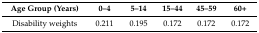
<table><thead><tr><td><b>Age Group (Years)</b></td><td><b>0–4</b></td><td><b>5–14</b></td><td><b>15–44</b></td><td><b>45–59</b></td><td><b>60+</b></td></tr></thead><tbody><tr><td>Disability weights</td><td>0.211</td><td>0.195</td><td>0.172</td><td>0.172</td><td>0.172</td></tr></tbody></table>